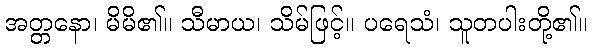
အတ္တနော၊ မိမိ၏။ သီမာယ၊ သိမ်ဖြင့်။ ပရေသံ၊ သူတပါးတို့၏။